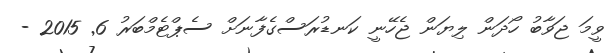
ވީމަ ޖަވާބު ހޯދަން ލިޔަން ޖެހޭނީ ކަނޑުރަސްގެފާނަށް ސެޕްޓެމްބަރު 6